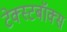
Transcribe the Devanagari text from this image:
टेक्स्टबॉक्स